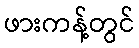
ဖားကန့်တွင်